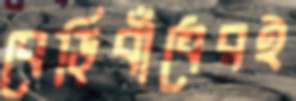
বেড়িবাঁধেরই